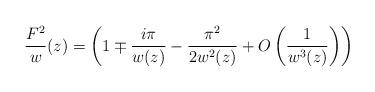
LaTeX: \begin{gather*}\frac{F^2}{w}(z) = \left(1 \mp \frac{i\pi}{w(z)} - \frac{\pi^2}{2w^2(z)} + O\left(\frac{1}{w^3(z)}\right)\right)\end{gather*}